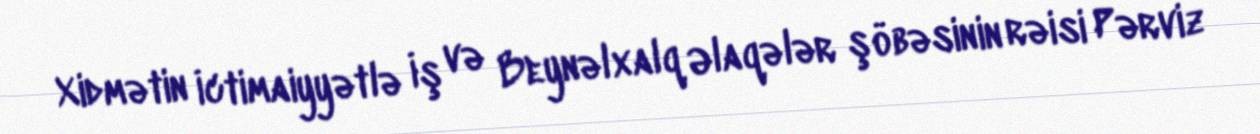
Xidmətin İctimaiyyətlə İş və Beynəlxalq Əlaqələr şöbəsinin rəisi Pərviz